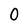
Character: 0